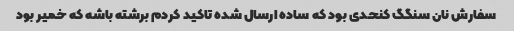
سفارش نان سنگگ کنحدی بود که ساده ارسال شده تاکید کردم برشته باشه که خمیر بود